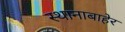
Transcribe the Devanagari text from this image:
स्थानाबाहेर